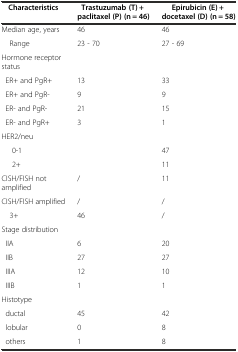
<table><thead><tr><td><b>Characteristics</b></td><td><b>Trastuzumab (T) + paclitaxel (P) (n = 46)</b></td><td><b>Epirubicin (E) + docetaxel (D) (n = 58)</b></td></tr></thead><tbody><tr><td>Median age, years</td><td>46</td><td>46</td></tr><tr><td> Range</td><td>23 - 70</td><td>27 - 69</td></tr><tr><td>Hormone receptor status</td><td></td><td></td></tr><tr><td> ER+ and PgR+</td><td>13</td><td>33</td></tr><tr><td> ER+ and PgR-</td><td>9</td><td>9</td></tr><tr><td> ER- and PgR-</td><td>21</td><td>15</td></tr><tr><td> ER- and PgR+</td><td>3</td><td>1</td></tr><tr><td>HER2/neu</td><td></td><td></td></tr><tr><td>0-1</td><td></td><td>47</td></tr><tr><td>2+</td><td></td><td>11</td></tr><tr><td>CISH/FISH not amplified</td><td>/</td><td>11</td></tr><tr><td>CISH/FISH amplified</td><td>/</td><td>/</td></tr><tr><td> 3+</td><td>46</td><td>/</td></tr><tr><td>Stage distribution</td><td></td><td></td></tr><tr><td> IIA</td><td>6</td><td>20</td></tr><tr><td> IIB</td><td>27</td><td>27</td></tr><tr><td> IIIA</td><td>12</td><td>10</td></tr><tr><td> IIIB</td><td>1</td><td>1</td></tr><tr><td>Histotype</td><td></td><td></td></tr><tr><td> ductal</td><td>45</td><td>42</td></tr><tr><td> lobular</td><td>0</td><td>8</td></tr><tr><td> others</td><td>1</td><td>8</td></tr></tbody></table>